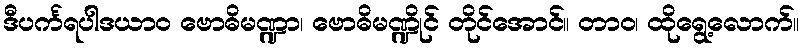
ဒီပင်္ကရပါဒယာဝ ဗောဓိမဏ္ဍာ၊ ဗောဓိမဏ္ဍိုင် တိုင်အောင်။ တာဝ၊ ထိုရွေ့လောက်။